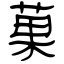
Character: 菓